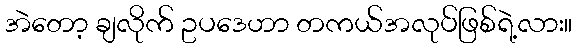
အဲတော့ ချလိုက် ဥပဒေဟာ တကယ်အလုပ်ဖြစ်ရဲ့လား။